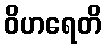
ဝိဟရေတိ